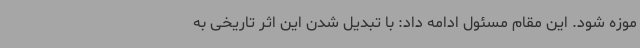
موزه شود. این مقام مسئول ادامه داد: با تبدیل شدن این اثر تاریخی به